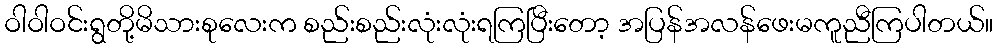
ဝါဝါဝင်းရွတို့မိသားစုလေးက စည်းစည်းလုံးလုံးရကြပြီးတော့ အပြန်အလန်ဖေးမကူညီကြပါတယ်။